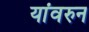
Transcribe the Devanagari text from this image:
यांवरुन